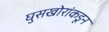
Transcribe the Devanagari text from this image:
घुसखोरांकडून